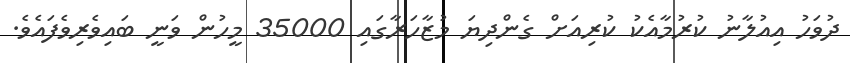
ދުވަހު އިއުލާނު ކުރުމާއެކު ކުރިއަށް ގެންދިޔަ މުޒާހަރާގައި 35000 މީހުން ވަނީ ބައިވެރިވެފައެވެ.